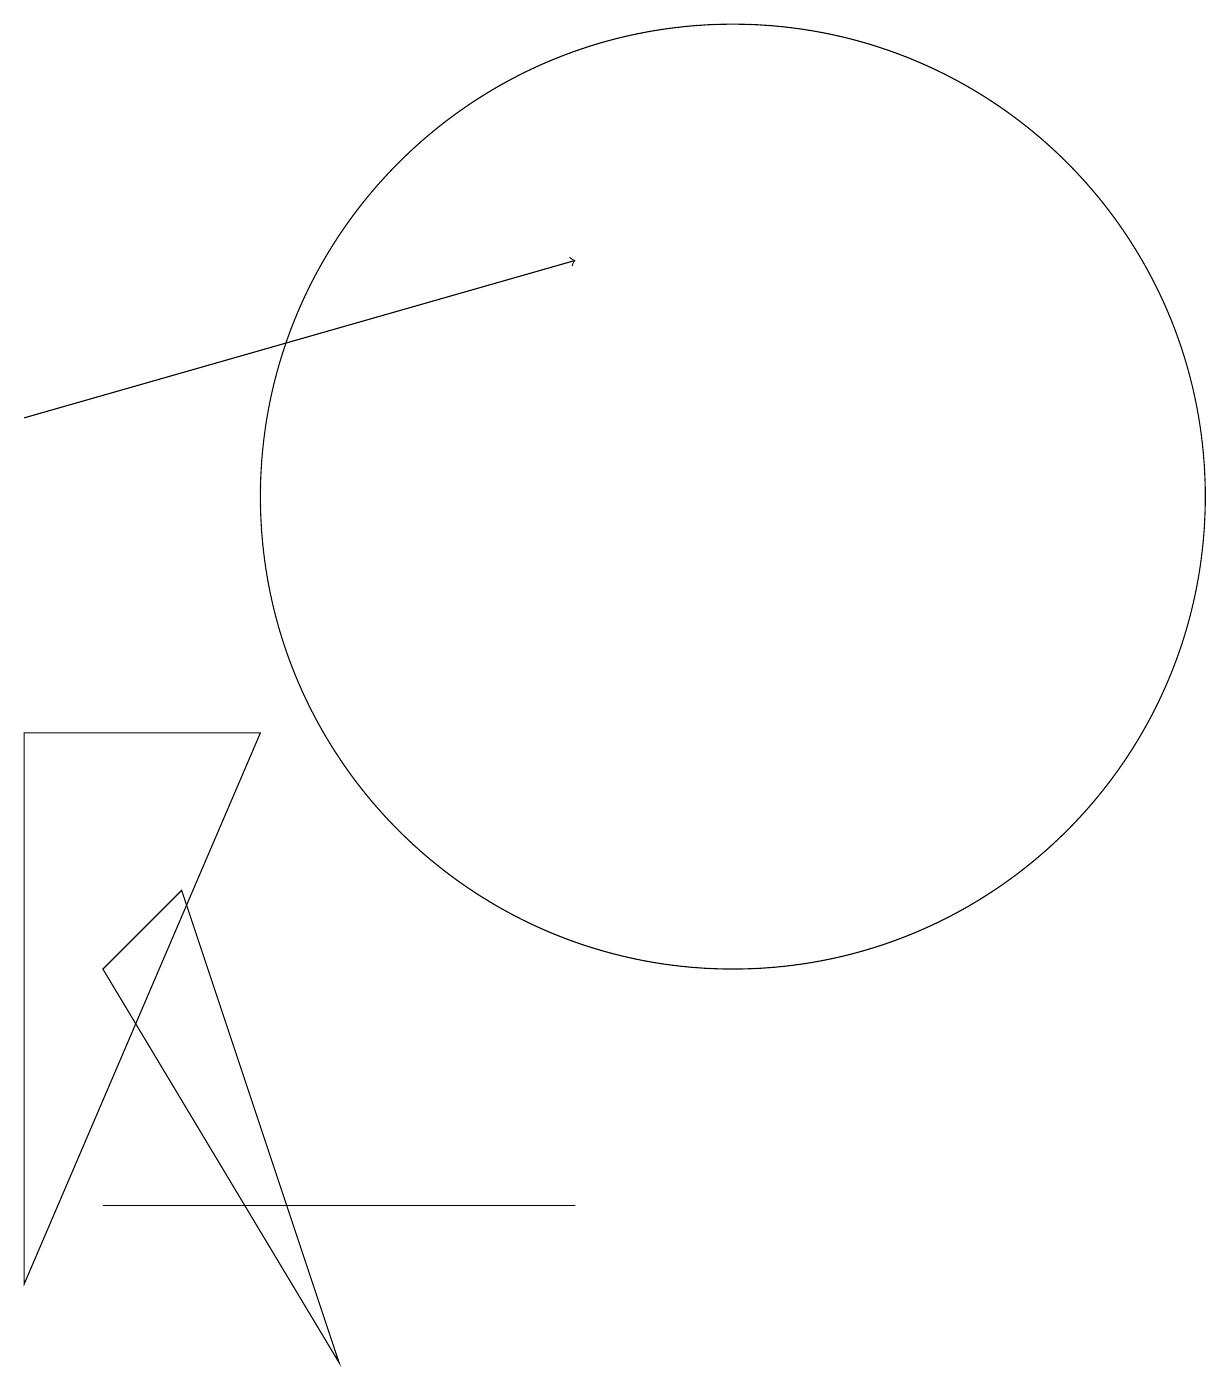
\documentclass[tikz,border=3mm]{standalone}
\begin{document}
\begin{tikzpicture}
\draw (1,9) -- (1,2) -- (4,9) -- cycle;
\draw (8,3) -- (7,3) -- (2,3) -- cycle;
\draw (5,1) -- (3,7) -- (2,6) -- cycle;
\draw[->] (1,13) -- (8,15);
\draw (10,12) circle (6);
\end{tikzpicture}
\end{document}